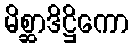
မိစ္ဆာဒိဋ္ဌိကော